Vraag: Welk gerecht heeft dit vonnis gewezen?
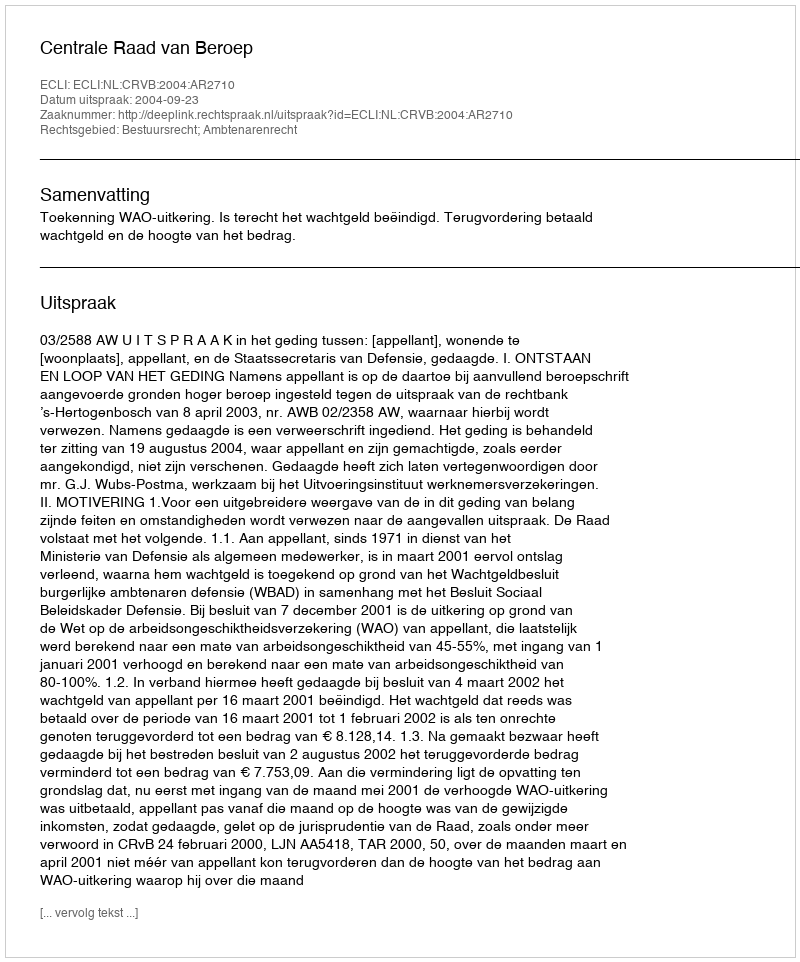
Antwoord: Centrale Raad van Beroep